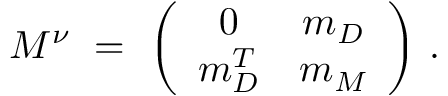
M ^ { \nu } \ = \ \left( \begin{array} { c c } { { 0 } } & { { m _ { D } } } \\ { { m _ { D } ^ { T } } } & { { m _ { M } } } \end{array} \right) \, .